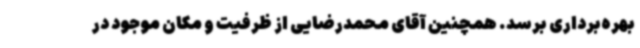
بهره‌برداری برسد. همچنین آقای محمدرضایی از ظرفیت و مکان موجود در